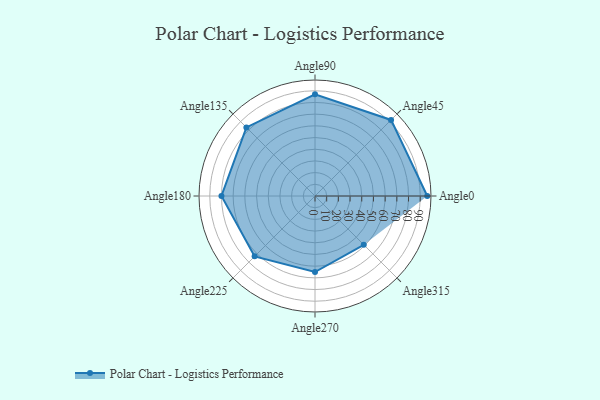
{"axis": {"x": "Angle", "y": "Radius"}, "legend": [""], "data": [{"x": "Angle0", "y": 96.0, "type": ""}, {"x": "Angle45", "y": 92.0, "type": ""}, {"x": "Angle90", "y": 87.0, "type": ""}, {"x": "Angle135", "y": 83.0, "type": ""}, {"x": "Angle180", "y": 80.0, "type": ""}, {"x": "Angle225", "y": 73.0, "type": ""}, {"x": "Angle270", "y": 65.0, "type": ""}, {"x": "Angle315", "y": 59.0, "type": ""}]}